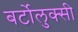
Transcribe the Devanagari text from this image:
बर्टोलुक्सी